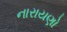
નારાયણો